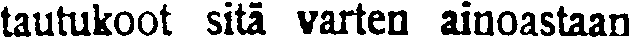
tautukoot sitä varten ainoastaan